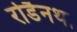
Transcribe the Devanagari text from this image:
रोडैनथा